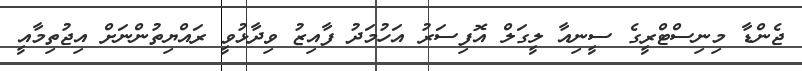
ޖެންޑާ މިނިސްޓްރީގެ ސީނިއާ ލީގަލް އޮފިސަރު އަހުމަދު ފާއިޒު ވިދާޅުވީ ރައްޔިތުންނަށް އިޖުތިމާއީ